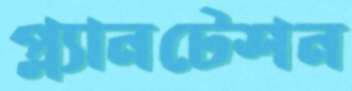
প্ল্যানটেশন